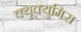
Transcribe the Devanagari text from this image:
क्यूक्युमिस